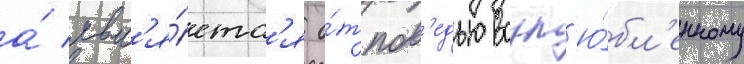
а́ явл'я́етс'я о́тпов'едью возл'ю́бл'енному